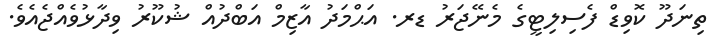
ތިނަދޫ ކޮވިޑް ފެސިލިޓީގެ މެނޭޖަރު ޑރ. އަޙްމަދު އާޒިމް އަބްދުއް ޝުކޫރު ވިދާޅުވެއްޖެއެވެ.